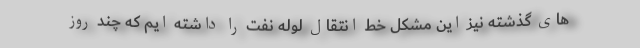
های گذشته نیز این مشکل خط انتقال لوله نفت را داشته ایم که چند روز